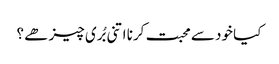
کیا خود سے محبت کرنا اتنی بُری چیز ھے ؟